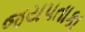
જયપતાકા